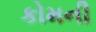
કોમની